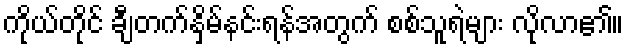
ကိုယ်တိုင် ချီတက်နှိမ်နင်းရန်အတွက် စစ်သူရဲများ လိုလာ၏။